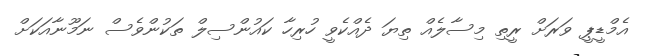
އެމްޑީޕީ ވަރަށް ރީތި މިސާލެއް ތިޔަ ދެއްކެވީ ހުރިހާ ކައުންސިލް ތަކުންވެސް ނަމޫނާއަކަށް